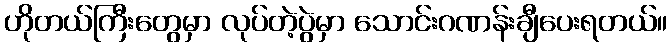
ဟိုတယ်ကြီးတွေမှာ လုပ်တဲ့ပွဲမှာ သောင်းဂဏန်းချီပေးရတယ်။